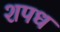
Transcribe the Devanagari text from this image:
शपध